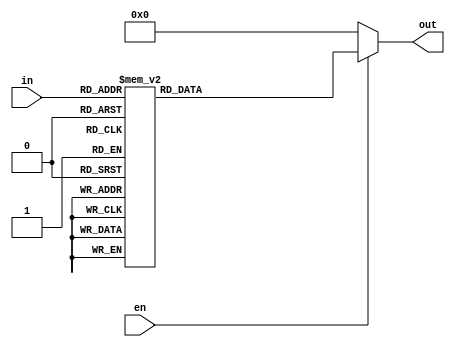
module Decode38 (
    input en,
    input [2:0] in,
    output reg [7:0] out
);
    integer i;
    always @(en, in) begin
        if (en) begin
            case (in)
                3'b000:  out = 8'b00000001;
                3'b001:  out = 8'b00000010;
                3'b010:  out = 8'b00000100;
                3'b011:  out = 8'b00001000;
                3'b100:  out = 8'b00010000;
                3'b101:  out = 8'b00100000;
                3'b110:  out = 8'b01000000;
                3'b111:  out = 8'b10000000;
                default: out = 8'bxxxxxxxx;
            endcase
        end
        else out = 8'b00000000;
    end
endmodule